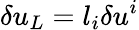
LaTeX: \delta u_{L}=l_{i}\delta u^{i}